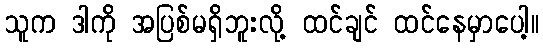
သူက ဒါကို အပြစ်မရှိဘူးလို့ ထင်ချင် ထင်နေမှာပေါ့။